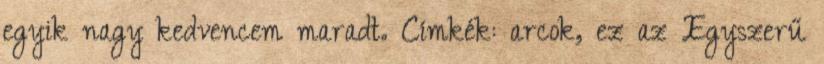
egyik nagy kedvencem maradt. Címkék: arcok, ez az Egyszerű